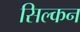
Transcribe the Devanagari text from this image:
सिल्कन